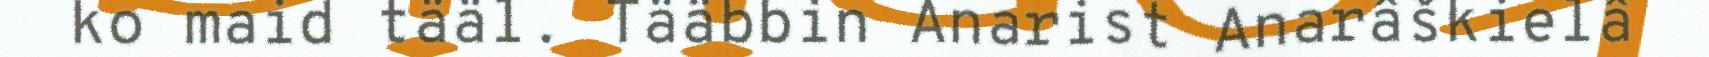
ko maid tääl. Tääbbin Anarist Anarâškielâ